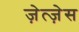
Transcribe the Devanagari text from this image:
ज़ेत्ज़ेस